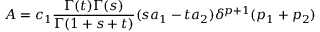
{ \cal { A } } = c _ { 1 } \frac { \Gamma ( t ) \Gamma ( s ) } { \Gamma ( 1 + s + t ) } ( s a _ { 1 } - t a _ { 2 } ) \delta ^ { p + 1 } ( p _ { 1 } + p _ { 2 } )